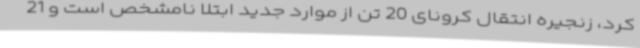
کرد، زنجیره انتقال کرونای 20 تن از موارد جدید ابتلا نامشخص است و 21